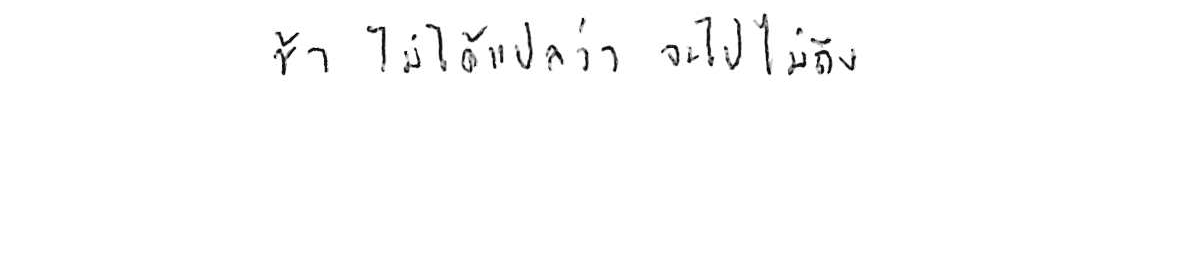
ช้า ไม่ได้แปลว่า จะไปไม่ถึง